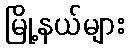
မြို့နယ်များ